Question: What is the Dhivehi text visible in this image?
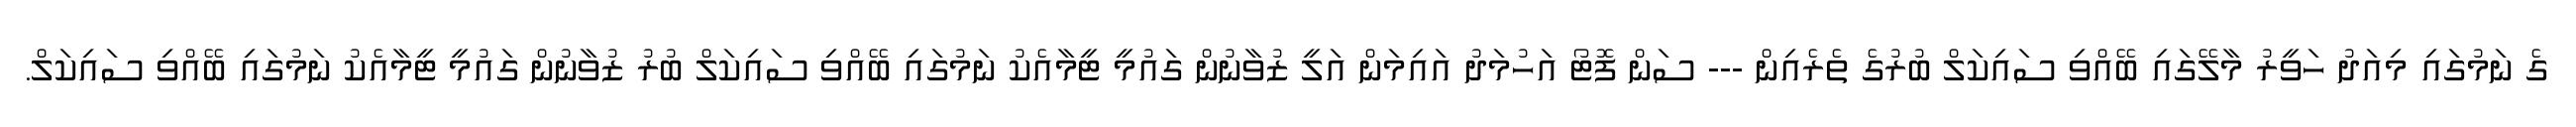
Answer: ގެ ނަމުގައި މިއަދު ހަވީރު މާލޭގައި ބޭއްވި ސައިކަލް ބުރުގެ ތެރެއިން --- ސަން ފޮޓޯ އަހުމަދު އައިމަން އަލީ ޒުވާނުން ގައުމީ ޓީމާއެކު ނަމުގައި ބޭއްވި ސައިކަލް ބުރު ޒުވާނުން ގައުމީ ޓީމާއެކު ނަމުގައި ބޭއްވި ސައިކަލް.